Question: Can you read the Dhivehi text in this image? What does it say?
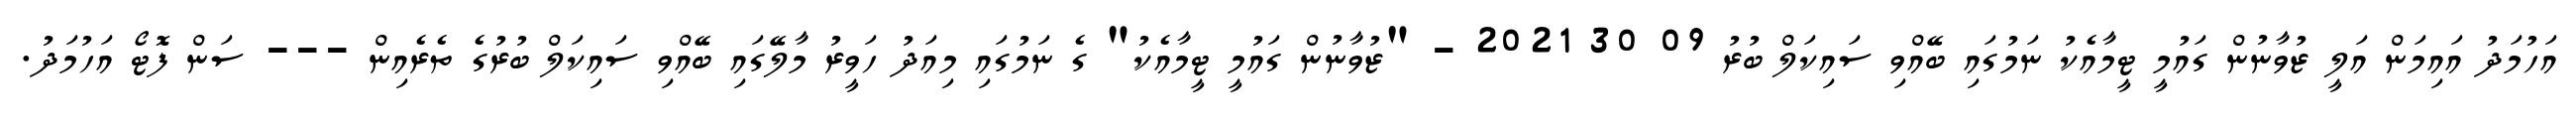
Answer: އަހުމަދު އައިމަން އަލީ ޒުވާނުން ގައުމީ ޓީމާއެކު ނަމުގައި ބޭއްވި ސައިކަލް ބުރު 09 30 2021 - "ޒުވާނުން ގައުމީ ޓީމާއެކު" ގެ ނަމުގައި މިއަދު ހަވީރު މާލޭގައި ބޭއްވި ސައިކަލް ބުރުގެ ތެރެއިން --- ސަން ފޮޓޯ އަހުމަދު.